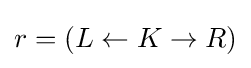
r=(L\leftarrow K\rightarrow R)